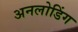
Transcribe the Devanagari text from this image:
अनलोडिंग